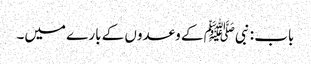
باب : نبیﷺ کے وعدوں کے بارے میں۔